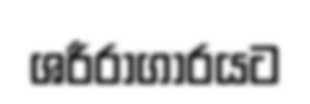
ශරීරාගාරයට